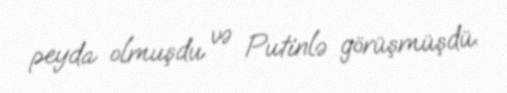
peyda olmuşdu və Putinlə görüşmüşdü.